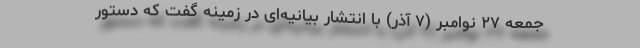
جمعه ۲۷ نوامبر (۷ آذر) با انتشار بیانیه‌ای در زمینه گفت که دستور